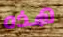
هذه